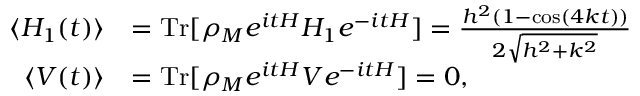
\begin{array} { r } { \begin{array} { r l } { \langle H _ { 1 } ( t ) \rangle } & { = \mathrm { T r } [ \rho _ { M } e ^ { i t H } H _ { 1 } e ^ { - i t H } ] = \frac { h ^ { 2 } ( 1 - \cos ( 4 k t ) ) } { 2 \sqrt { h ^ { 2 } + k ^ { 2 } } } } \\ { \langle V ( t ) \rangle } & { = \mathrm { T r } [ \rho _ { M } e ^ { i t H } V e ^ { - i t H } ] = 0 , } \end{array} } \end{array}